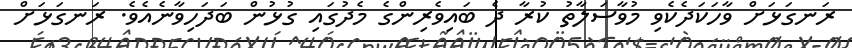
ރަނގަޅަށް ވާހަކަދެކެވި މުވާސަލާތު ކުރާ ދެ ބައިވެރިންގެ މެދުގައި ގުޅުން ބަދަހިވާނެއެވެ. ރަނގަޅަށް